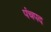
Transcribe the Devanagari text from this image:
पंचपद